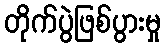
တိုက်ပွဲဖြစ်ပွားမှု